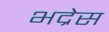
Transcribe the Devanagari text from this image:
भद्रेस